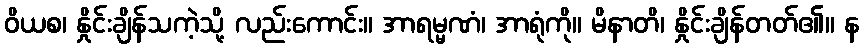
ဝိယစ၊ နှိုင်းချိန်သကဲ့သို့ လည်းကောင်း။ အာရမ္မဏံ၊ အာရုံကို။ မိနာတိ၊ နှိုင်းချိန်တတ်၏။ န